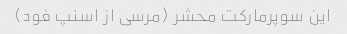
این سوپرمارکت محشر (مرسی از اسنپ فود)